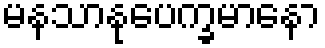
မနသာနုပေက္ခမာနော